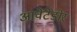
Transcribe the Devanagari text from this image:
आवेंटेडोर